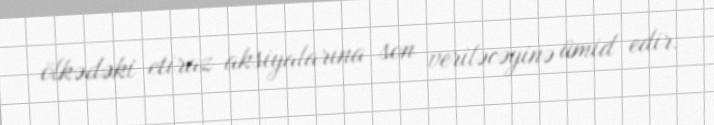
ölkədəki etiraz aksiyalarına son veriləcəyinə ümid edir.